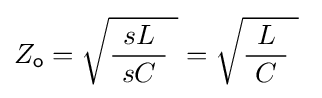
Z_{\mathsf {o}}={\sqrt {{\frac {sL}{\ sC\ }}\ }}={\sqrt {{\frac {L}{\ C\ }}\ }}~